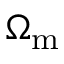
\Omega _ { \mathrm { m } }